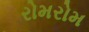
રોમરોમ